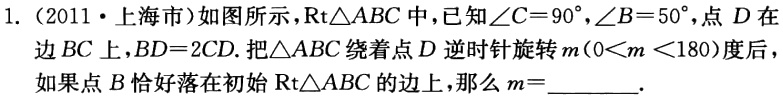
1. （2011·上海市）如图所示，\(\text{Rt}\triangle ABC\)中，已知\(\angle C = 90^{\circ}\)，\(\angle B = 50^{\circ}\)，点\(D\)在边\(BC\)上，\(BD = 2CD\). 把\(\triangle ABC\)绕着点\(D\)逆时针旋转\(m(0 < m<180)\)度后，如果点\(B\)恰好落在初始\(\text{Rt}\triangle ABC\)的边上，那么\(m =\)______.